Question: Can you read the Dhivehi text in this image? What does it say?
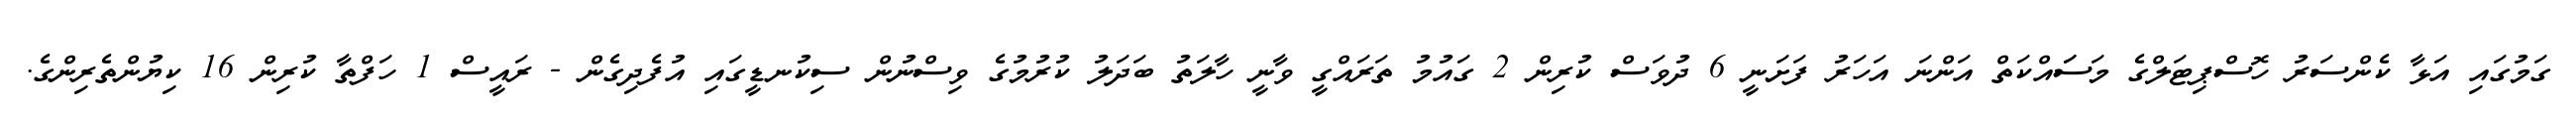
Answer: ގަމުގައި އަޅާ ކެންސަރު ހޮސްޕިޓަލްގެ މަސަައްކަތް އަންނަ އަހަރު ފަށަނީ 6 ދުވަސް ކުރިން 2 ގައުމު ތަރައްގީ ވާނީ ހާލަތު ބަދަލު ކުރުމުގެ ވިސްނުން ސިކުނޑީގައި އުފެދިގެން - ރައީސް 1 ހަފްތާ ކުރިން 16 ކިޔުންތެރިންގެ.